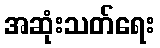
အဆုံးသတ်ရေး